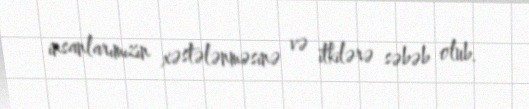
insanlarımızın xəstələnməsinə və itkilərə səbəb olub.